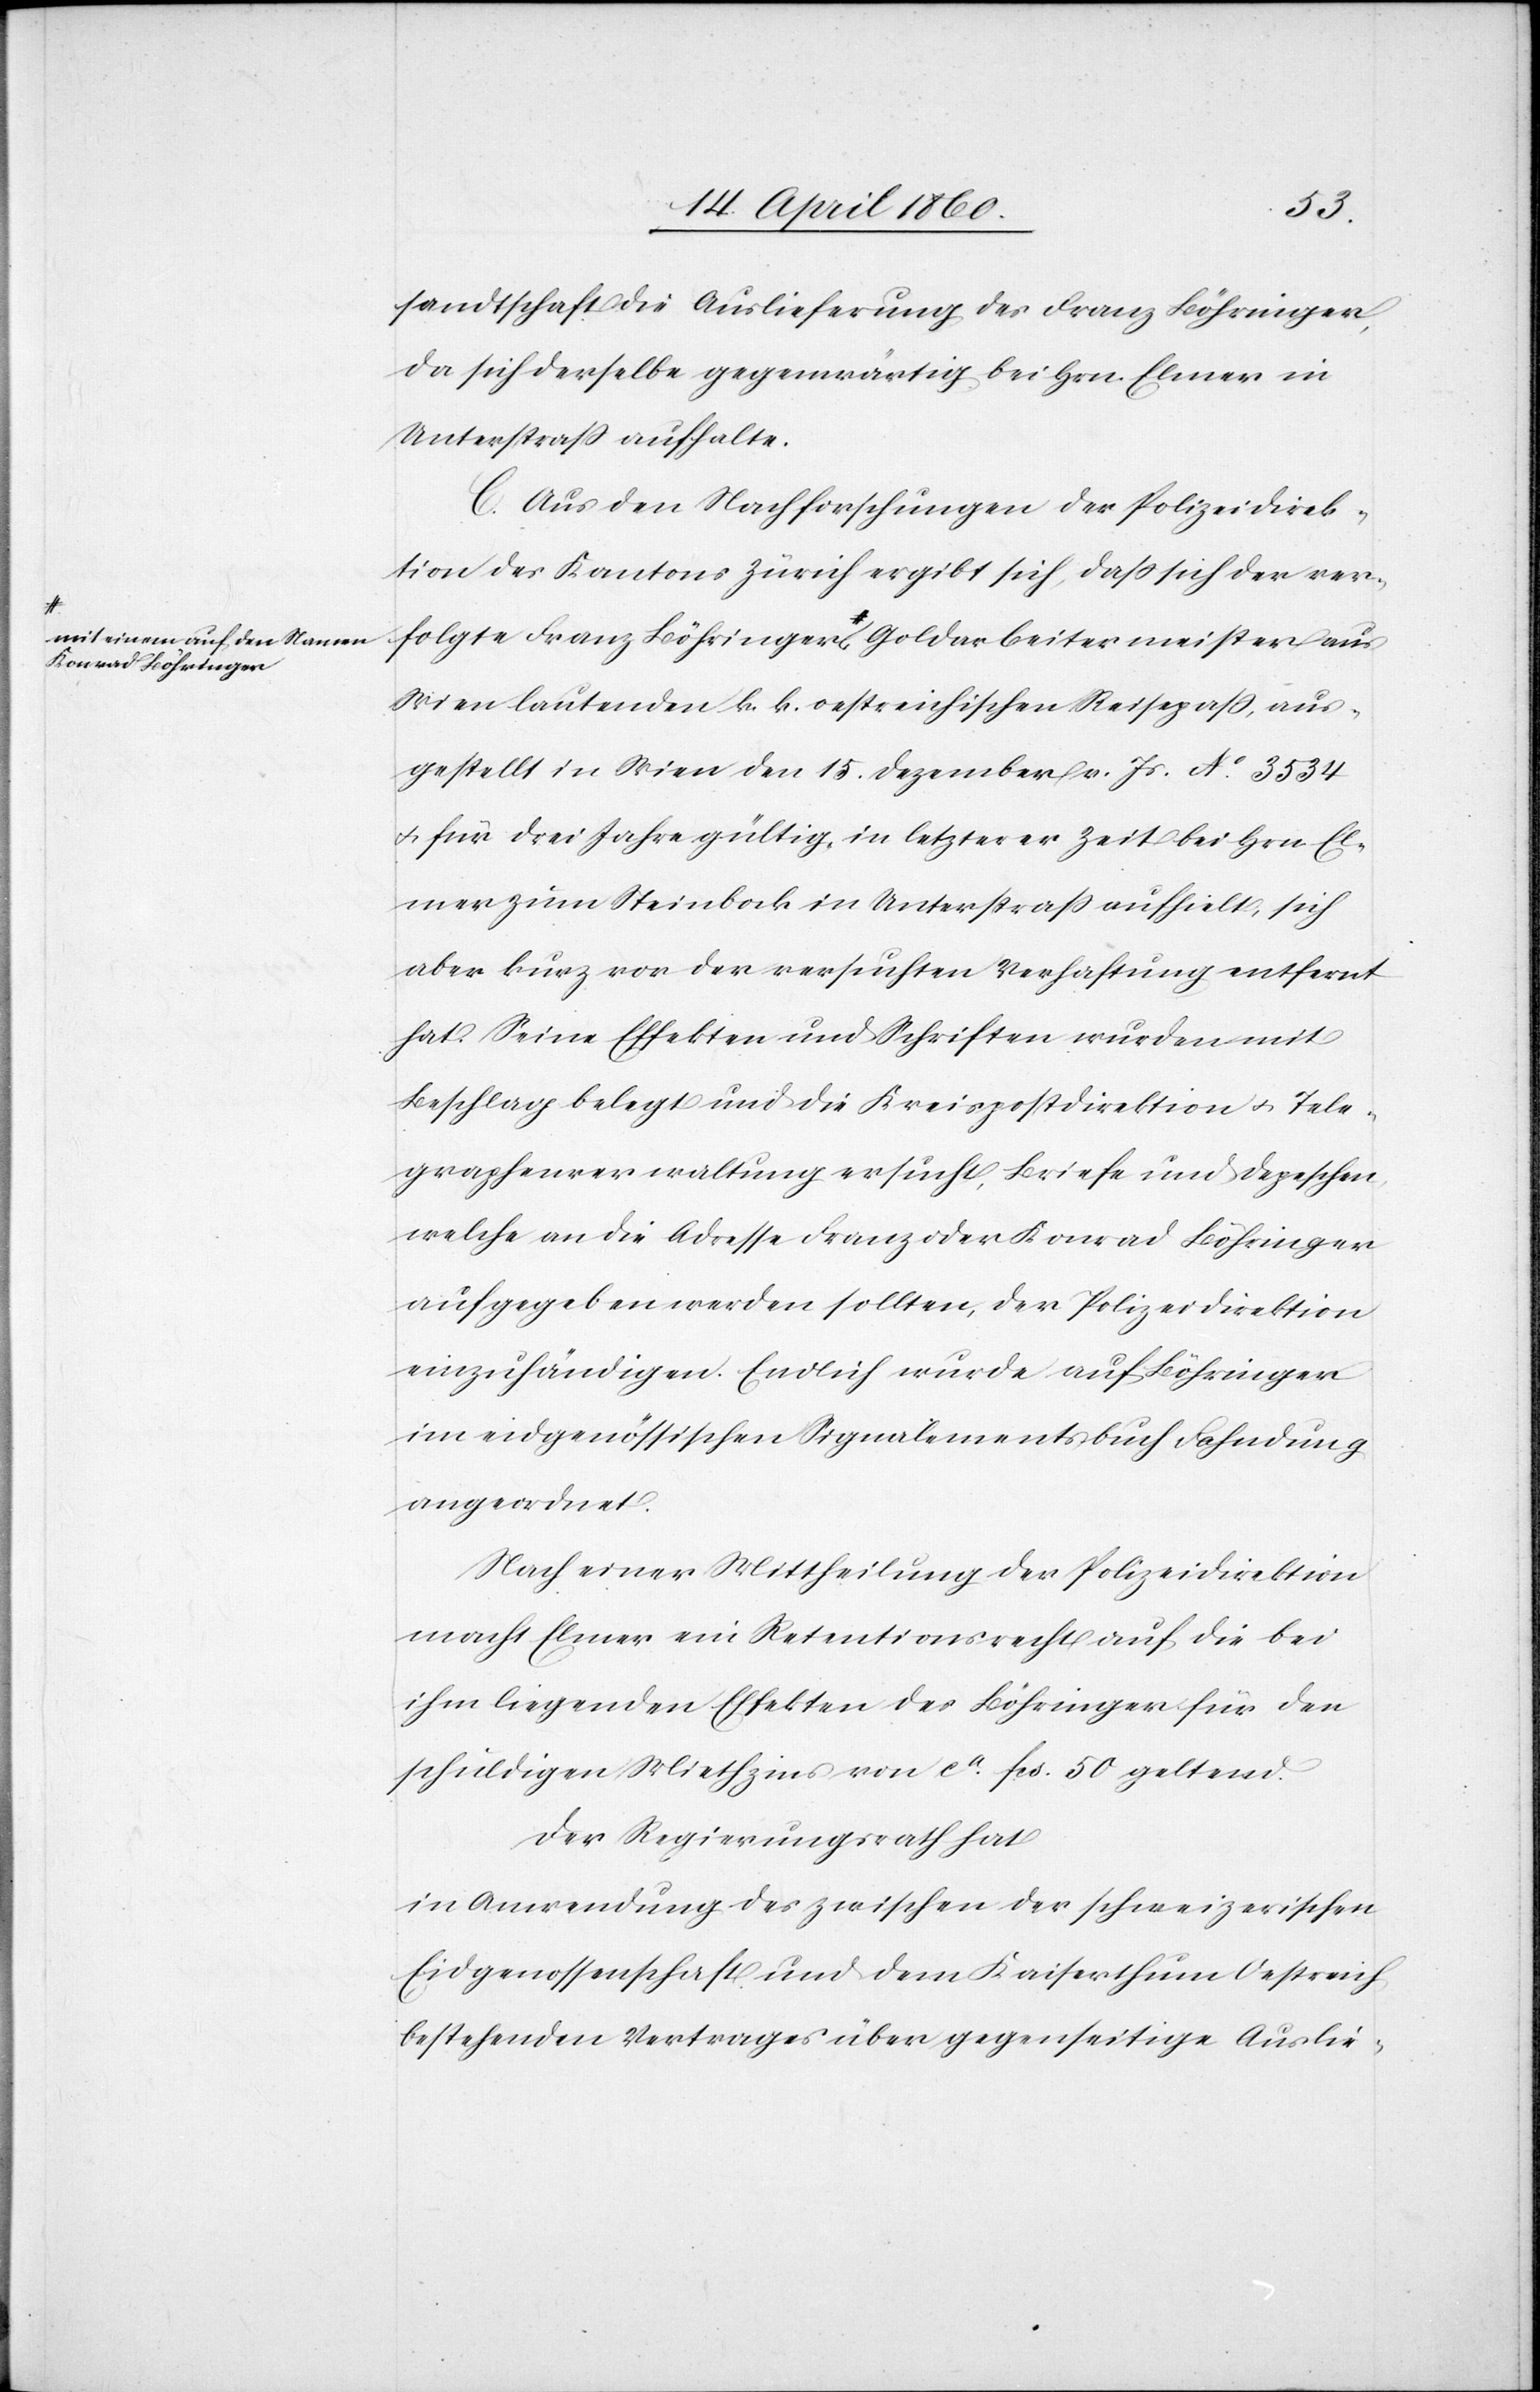
Konrad Böhringer-a

sandtschaft die Auslieferung des Franz Böhringer,
da sich derselbe gegenwärtig bei Hrn. Elmer in
Unterstrass aufhalte.
C. Aus den Nachforschungen der Polizeidirek¬
tion des Kantons Zürich ergibt sich, dass sich der ver¬
folgte Franz Böhringer a-mit einem auf den Namen
Wien lautenden k. k. oestreichischen Reisepaß, aus¬
gestellt in Wien den 15. Dezember v. Js. No 3534
u. für drei Jahre gültig, in letzterer Zeit bei Hrn. El¬
mer zum Steinbock in Unterstrass aufhielt, sich
aber kurz vor der versuchten Verhaftung entfernt
hat. Seine Effekten und Schriften wurden mit
Beschlag belegt und die Kreispostdirektion u. Tele¬
graphenverwaltung ersucht, Briefe und Depeschen,
welche an die Adresse Franz oder Konrad Böhringer
aufgegeben werden sollten, der Polizeidirektion
einzuhändigen. Endlich wurde auf Böhringer
im eidgenössischen Signalementsbuch Fahndung
angeordnet.
Nach einer Mittheilung der Polizeidirektion
macht Elmer ein Retentionsrecht auf die bei
ihm liegenden Effekten des Böhringer für den
schuldigen Miethzins von ca fcs. 50 geltend.
Der Regierungsrath hat
in Anwendung des zwischen der schweizerischen
Eidgenossenschaft und dem Kaiserthum Oestreich
bestehenden Vertrages über gegenseitige Auslie-